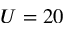
U = 2 0